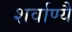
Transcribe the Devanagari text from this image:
शर्वाण्यै